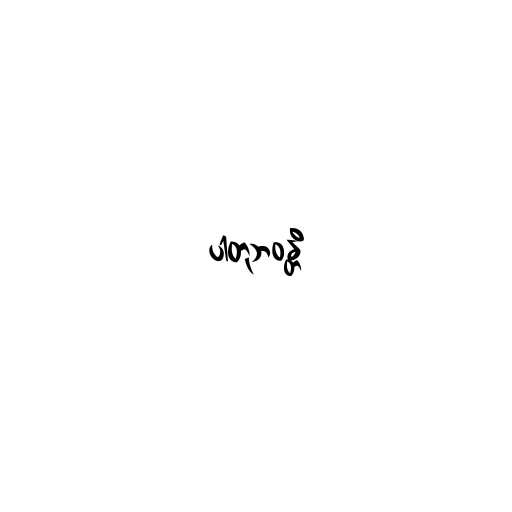
ပါတုဘဝန္တိ